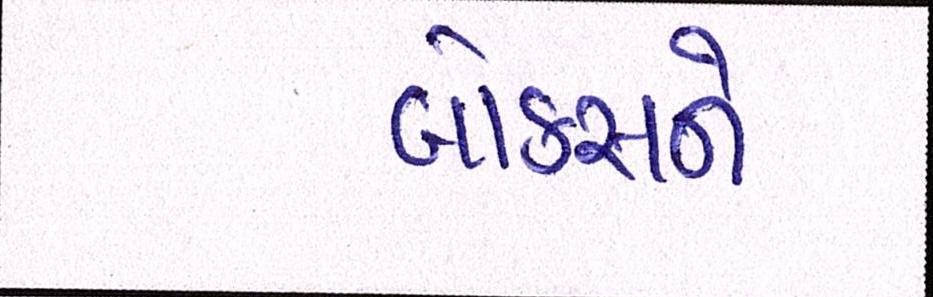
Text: બોક્સને